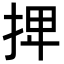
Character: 𢬽